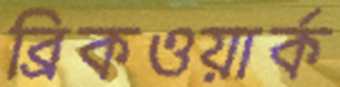
ব্রিকওয়ার্ক